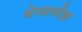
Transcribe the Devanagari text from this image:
थेम्समीड